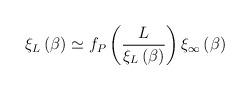
LaTeX: \begin{align*}\xi _L\left( \beta \right) \simeq f_P\left( \frac{ L}{\xi _L\left(\beta \right) }\right) \xi _\infty \left( \beta \right)\end{align*}